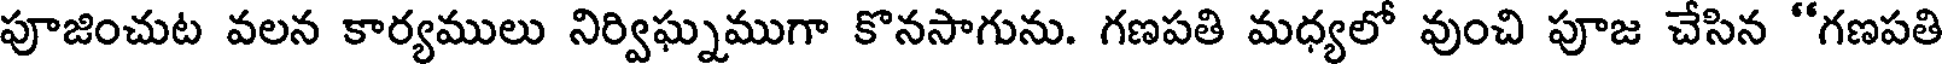
పూజించుట వలన కార్యములు నిర్విఘ్నముగా కొనసాగును. గణపతి మధ్యలో వుంచి పూజ చేసిన "గణపతి